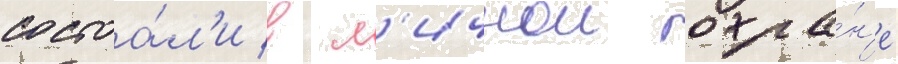
состоа́л'и в л'ичнои охра́н'е